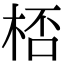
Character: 桮